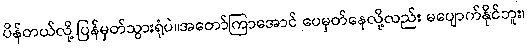
ပိန်တယ်လို့ ပြန်မှတ်သွားရုံပဲ။အတော်ကြာအောင် ပေမှတ်နေလို့လည်း မပျောက်နိုင်ဘူး၊